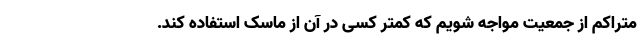
متراکم از جمعیت مواجه شویم که کمتر کسی در آن از ماسک استفاده کند.